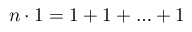
n \cdot 1 = 1 + 1 + \ldots + 1